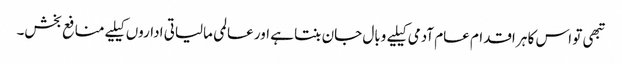
تبھی تو اس کا ہر اقدام عام آدمی کیلیے وبال جان بنتا ہے اور عالمی مالیاتی اداروں کیلیے منافع بخش۔